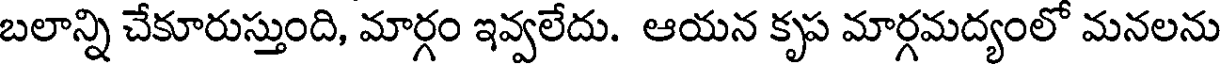
బలాన్ని చేకూరుస్తుంది, మార్గం ఇవ్వలేదు. ఆయన కృప మార్గమద్యంలో మనలను